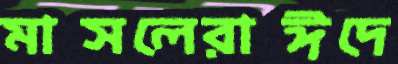
মাসলেরাঈদে